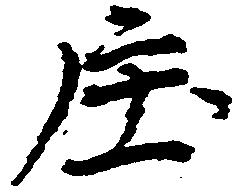
庄